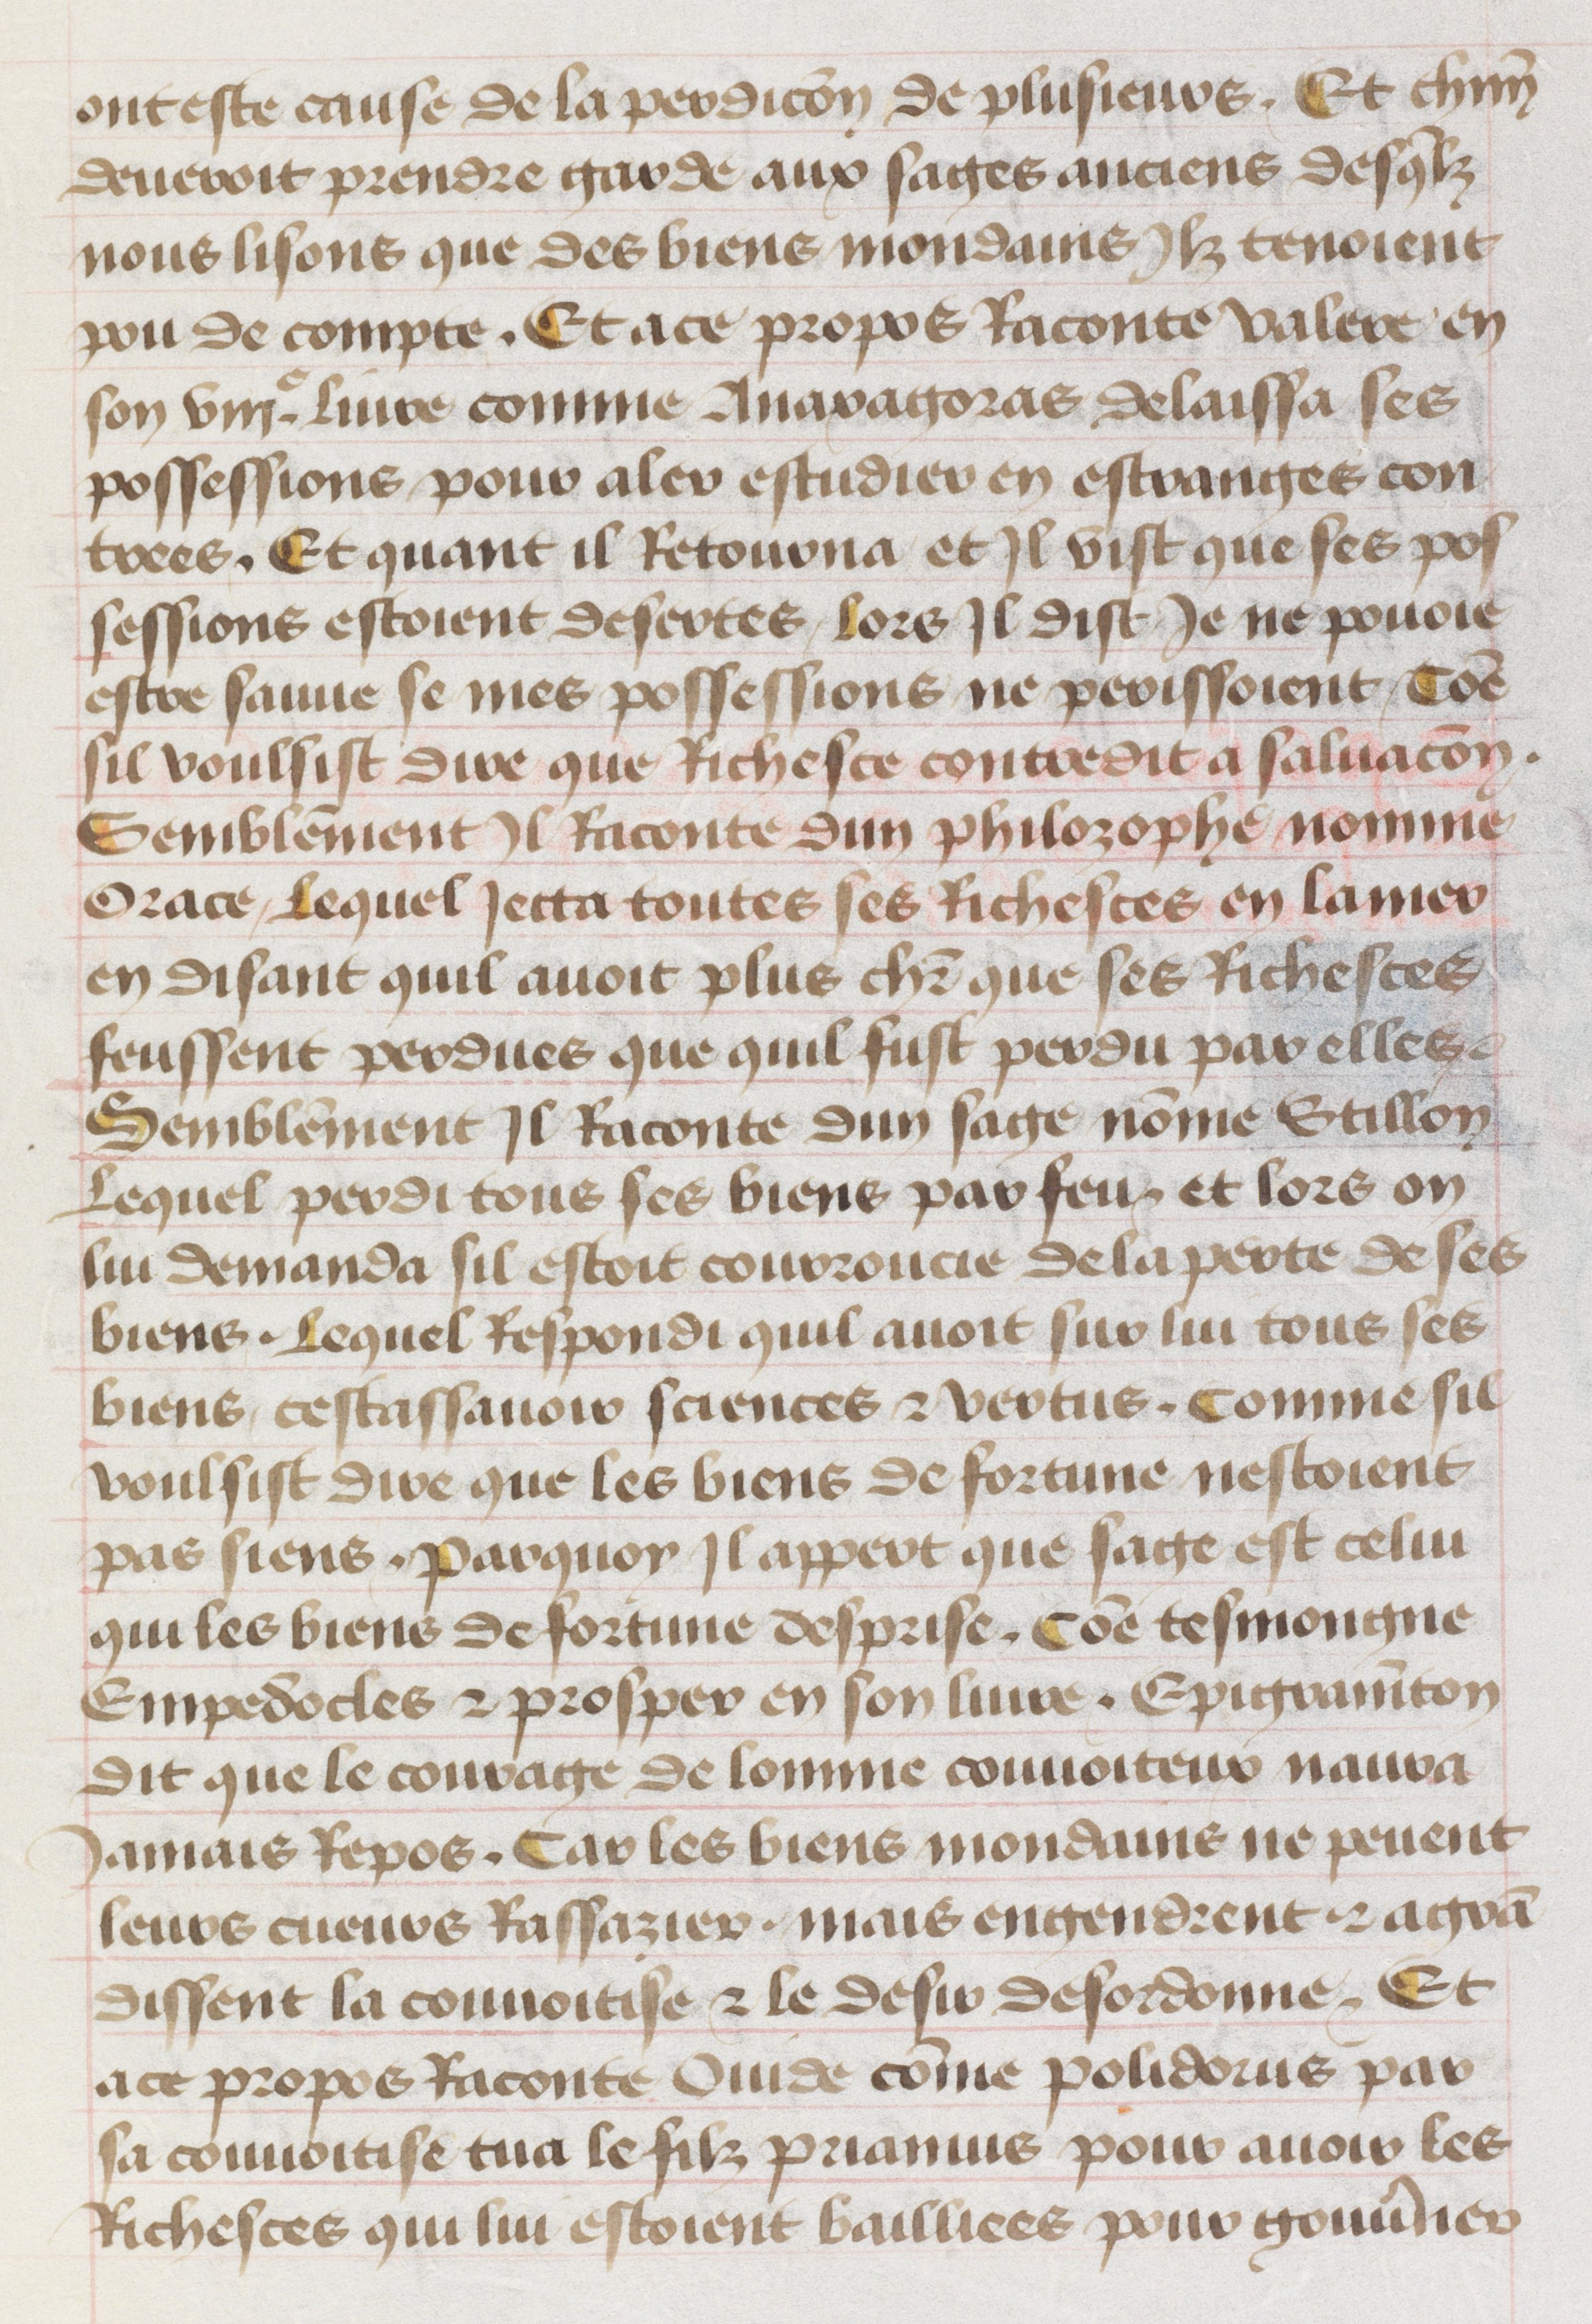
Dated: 1455–1485